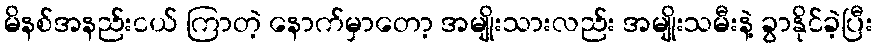
မိနစ်အနည်းငယ် ကြာတဲ့ နောက်မှာတော့ အမျိုးသားလည်း အမျိုးသမီးနဲ့ ခွာနိုင်ခဲ့ပြီး